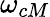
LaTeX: \omega_{cM}